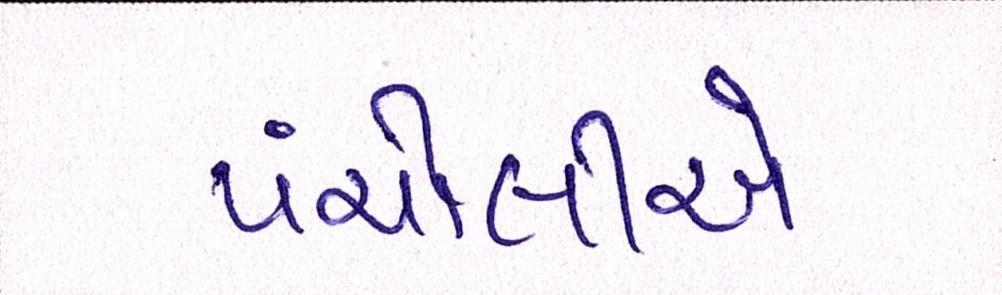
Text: પંચોલીએ